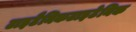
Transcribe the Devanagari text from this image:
टाइटैनिकटाइटेनिक